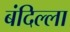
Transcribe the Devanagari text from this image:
बंदिल्ला